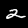
Digit: 2